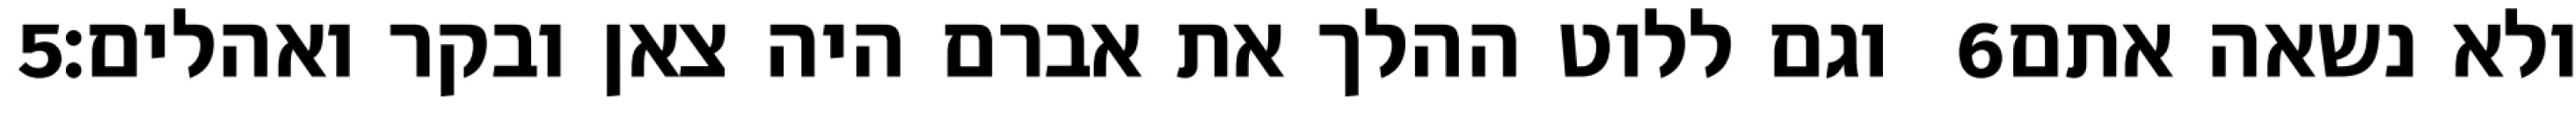
‎5‏ וגם ללוט ההלך את אברם היה צאן ובקר ואהלים׃ ‎6‏ ולא נשאה אתם